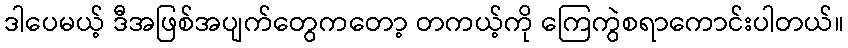
ဒါပေမယ့် ဒီအဖြစ်အပျက်တွေကတော့ တကယ့်ကို ကြေကွဲစရာကောင်းပါတယ်။